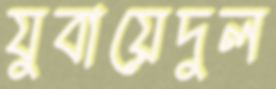
যুবায়েদুল